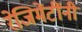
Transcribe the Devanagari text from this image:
रेजिमेंटींनी